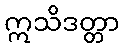
ဣသိဒတ္တာ